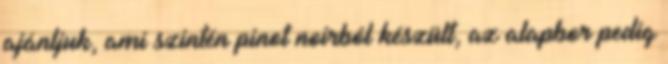
ajánljuk, ami szintén pinot noirból készült, az alapbor pedig